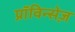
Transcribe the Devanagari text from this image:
प्राॅविन्सेज़